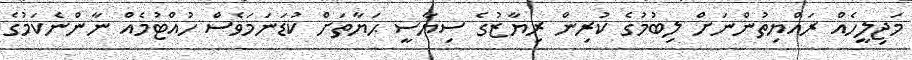
މަޖިލީހެއް ރައްޔިތުންނަށް ލިބުމުގެ ކުރިން ރިޔާޒުގެ ސިޔާސީ ޙަޔާތަށް ކުޑަނަމަވެސް ހުއްޓުމެއް ނާންނެކަމުގެ